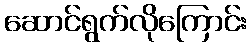
ဆောင်ရွက်လိုကြောင်း